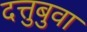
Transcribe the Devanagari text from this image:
दत्तुबुवा